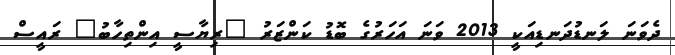
ދެވަނަ ލަނޑުދަނޑިއަކީ 2013 ވަނަ އަހަރުގެ ބޮޑު ކަންޒަރު "ރިޔާސީ އިންތިހާބު" ރައީސް